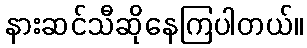
နားဆင်သီဆိုနေကြပါတယ်။